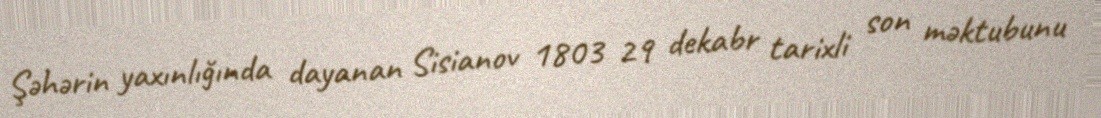
Şəhərin yaxınlığında dayanan Sisianov 1803 29 dekabr tarixli son məktubunu